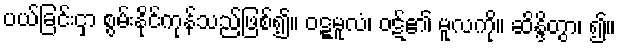
ပယ်ခြင်းငှာ စွမ်းနိုင်ကုန်သည်ဖြစ်၍။ ဝဋ္ဋမူလံ၊ ဝဋ်၏ မူလကို။ ဆိန္ဒိတွာ၊ ၍။